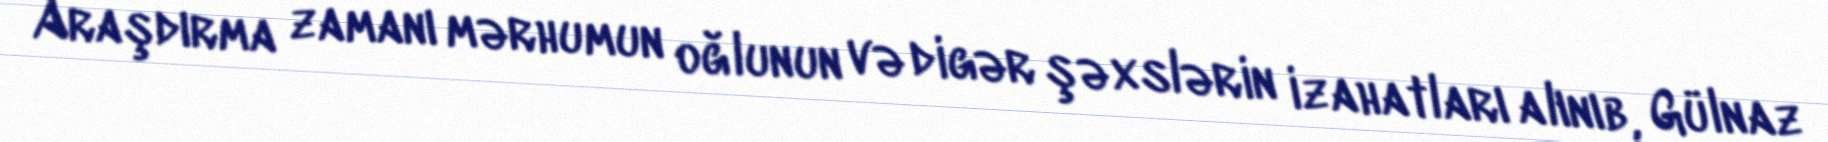
Araşdırma zamanı mərhumun oğlunun və digər şəxslərin izahatları alınıb, Gülnaz